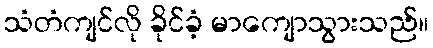
သံတံကျင်လို ခိုင်ခံ့ မာကျောသွားသည်။